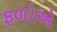
ફળોએ